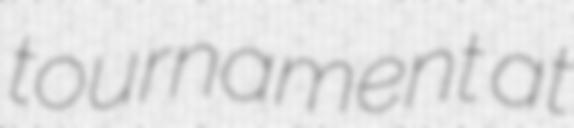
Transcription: tournament at